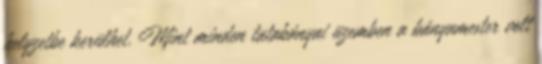
helyzetbe kerülhet. Mint minden tatabányai üzemben a bányamester volt